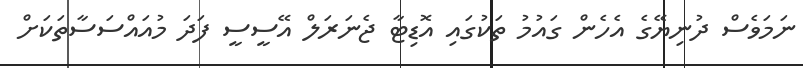
ނަމަވެސް ދުނިޔޭގެ އެހެން ގައުމު ތަކުގައި އޮޑިޓާ ޖެނަރަލް އޭސީސީ ފަދަ މުއައްސަސާތަކަށް